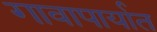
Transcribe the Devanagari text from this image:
गावापार्यात